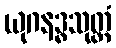
ယုဂနဒ္ဓသုတ္တံ